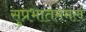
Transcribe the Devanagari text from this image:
सुप्रभातममलं